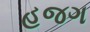
હજગ